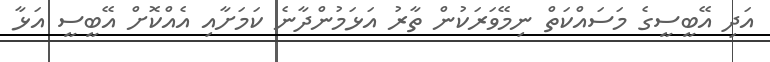
އަދި އޭބީސީގެ މަސައްކަތް ނިމޭވަރަކުން ތާރު އަޅަމުންދާނެ ކަމަށާއި އެއްކޮށް އޭބީސީ އަޅާ